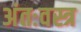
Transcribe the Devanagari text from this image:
अंतःवस्त्र